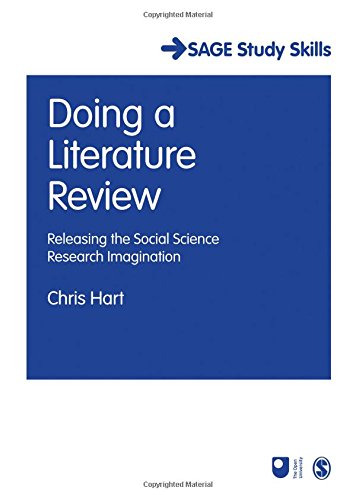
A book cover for Doing a Literature Review: Releasing the Social Science Research Imagination (SAGE Study Skills Series); Chris Hart; Medical Books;